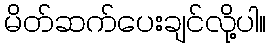
မိတ်ဆက်ပေးချင်လို့ပါ။